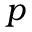
\boldsymbol { p }